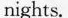
nights.